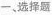
一、选择题